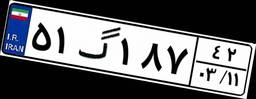
۵۱گ۱۸۷۴۲